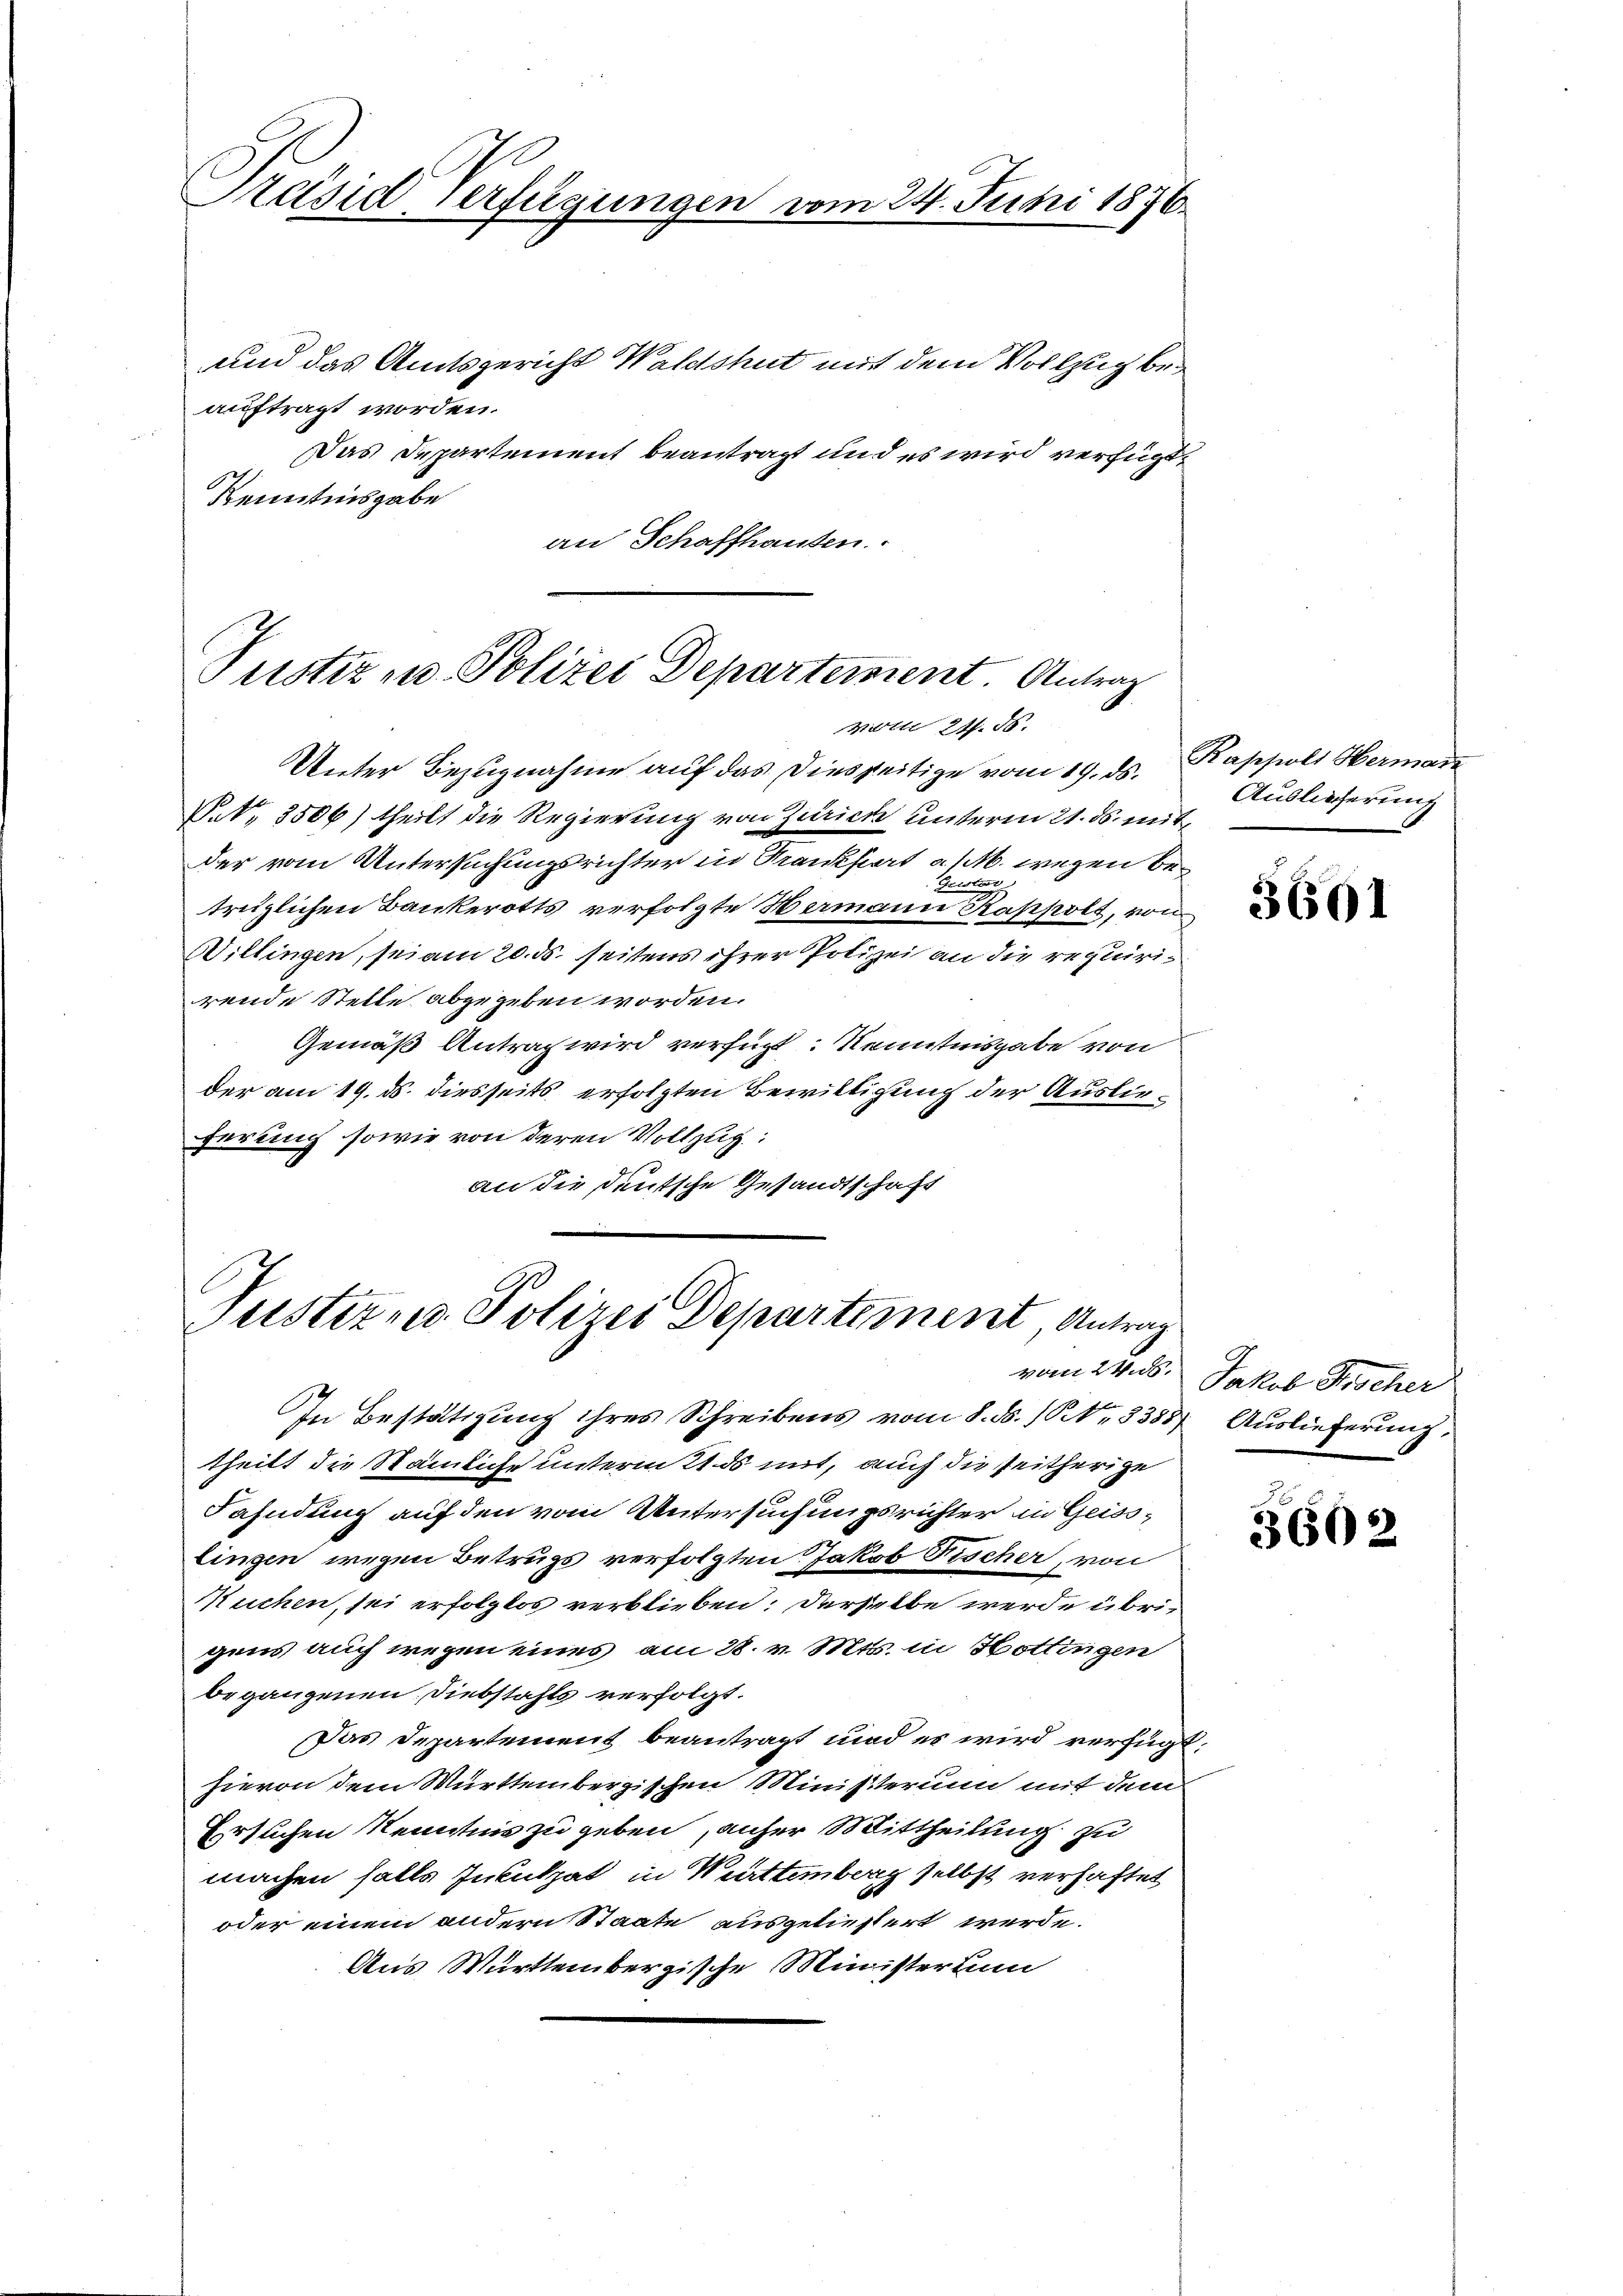
Präside Verfügungen vom 24. Juni 1876.

und das Amtsgericht Waldshut mit dem Vollzug beauftragt worden.
Das Departement beantragt und es wird verfügt:
Kenntnisgabe
an Schaffhausen

Tustiz in Polizei Departement. Antrag
Mitle 24. ds.

Justiz u. Polizei Departement, Antrag

Unter Bezugnahme auf das Diesseitige vom 19. ds. Rappolt Hermann
NNo. 3506) theilt die Regierung von Zürich unterm 21. ds. mitder vom Untersuchungsrichter in Krankfiert a/M. wegen be¬
.
2
trützlichen Bankerotts verfolgte Wermann Kappolt, von
Willingen, sei am 20. ds. seitens ihrer Polizei an die requirirende Stelle abgegeben worden.
Gemäß Antrag wird verfügt: Kenntnisgabe von
der am 19. ds. diesseits erfolgten Bewilligung der Auslieferung sowie von deren Vollzug:
an die Deutsche Gesandtschaft

In Bestätigung ihres Schreibens vom 8. d. 11. 8388,
theilt die Stämmliche unterm 2t ds mit, auch die seitherige
Fahndung auf den vom Untersuchungsrichter in Geisslingen wegen Betrugs verfolgten Jakob Fischer, von
Muchen, sei erfolglos verblieben: Derselbe werde übrigens auch wegen eines am 28. v. Mts. in Hottingen
begangenen Diebstahls verfolgt.
Das Departement beantragt und es wird verfügt:
hievon dem Württembergischen Ministerium mit dem
Ersuchen Kenntnis zu geben, anher Mittheilung zu
machen falls Inkulpat in Württemberg selbst verhaftet
oder einem andern Staate ausgeliefert werde.
Aus Württembergische Minister zum

Auslieferung

5601

vom 24. 5. Jakob Krscher
Auslieferung,

5602